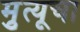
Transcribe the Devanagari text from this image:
मृुत्यूचा